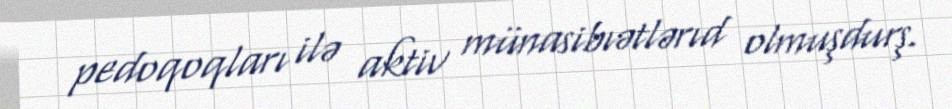
pedoqoqları ilə aktiv münasibıətlərıd olmuşdurş.